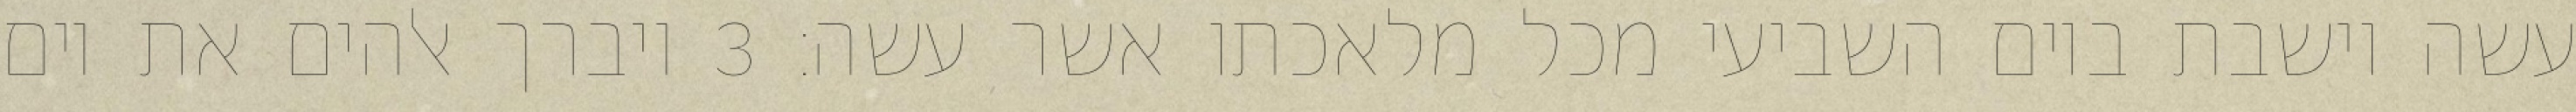
עשה וישבת ביום השביעי מכל מלאכתו אשר עשה׃ ‎3‏ ויברך אלהים את יום